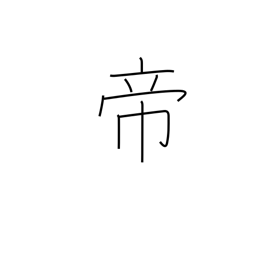
Meaning: sovereign